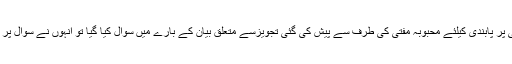
‘‘ اویناش رائے کھنہ سے جب سریندر امبردار کی طرف سے جماعت اسلامی پر پابندی کیلئے محبوبہ مفتی کی طرف سے پیش کی گئی تجویزسے متعلق بیان کے بارے میں سوال کیا گیا تو انہوں نے سوال پر کوئی رائے زنی نہیں کی،تاہم کہا کہ یہ محبوبہ مفتی سے پوچھا جانا چاہئے۔